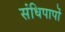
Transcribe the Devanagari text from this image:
संधिपापों